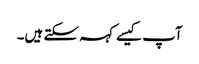
آپ کیسے کہہ سکتے ہیں۔